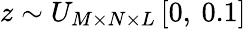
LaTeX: z\sim U_{M\times N\times L}\left[0,\: 0.1\right]